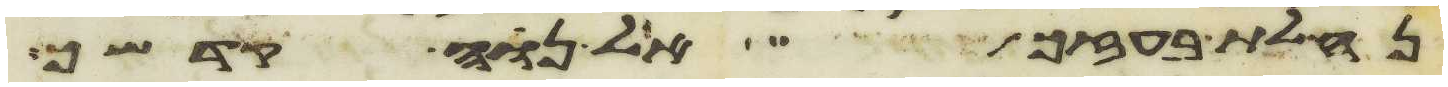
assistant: נחלת בעזך אל נוה קדשך